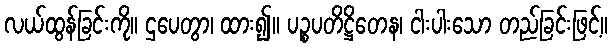
လယ်ထွန်ခြင်းကို။ ဌပေတွာ၊ ထား၍။ ပဉ္စပတိဋ္ဌိတေန၊ ငါးပါးသော တည်ခြင်းဖြင့်။